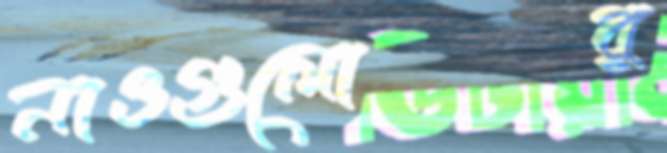
নাওগুলোর